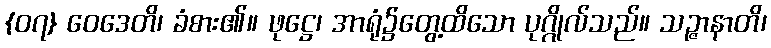
{၀၇} ဝေဒေတိ၊ ခံစား၏။ ဖုဋ္ဌေ၊ အာရုံ၌တွေ့ထိသော ပုဂ္ဂိုလ်သည်။ သဉ္ဇာနာတိ၊